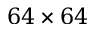
6 4 \times 6 4